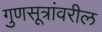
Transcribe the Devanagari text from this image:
गुणसूत्रांवरील